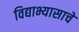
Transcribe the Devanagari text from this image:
विद्याभ्यासाचे